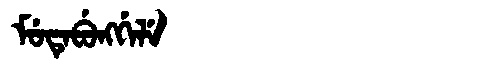
Manchu: ᠮᡠᡨᡝᠪᡠᠩᡤᡝᠯᡝ
Romanization: MUTEBUNGGELE